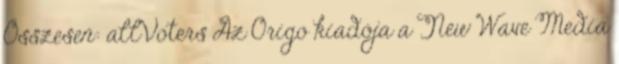
Összesen: allVoters Az Origo kiadója a New Wave Media